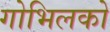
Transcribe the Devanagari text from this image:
गोभिलको